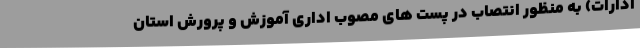
ادارات) به منظور انتصاب در پست های مصوب اداری آموزش و پرورش استان